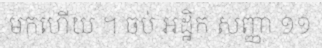
មកហើយ ។ ចប់ អដ្ឋិក សញ្ញា ១១